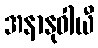
အနာနုဝါယီ